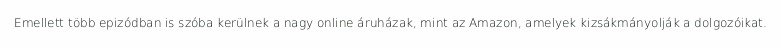
Emellett több epizódban is szóba kerülnek a nagy online áruházak, mint az Amazon, amelyek kizsákmányolják a dolgozóikat.